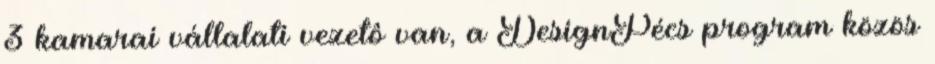
3 kamarai vállalati vezetô van, a DesignPécs program közös